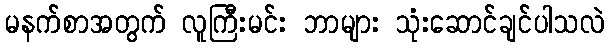
မနက်စာအတွက် လူကြီးမင်း ဘာများ သုံးဆောင်ချင်ပါသလဲ